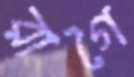
রাগৈ